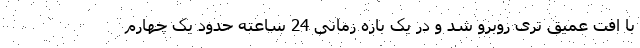
با افت عمیق تری روبرو شد و در یک بازه زمانی 24 ساعته حدود یک چهارم